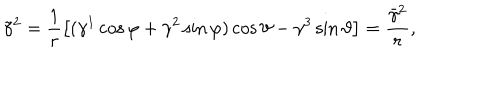
\tilde { \gamma } ^ { 2 } = \frac 1 r \left[ ( \gamma ^ { 1 } \cos \varphi + \gamma ^ { 2 } \sin \varphi ) \cos \vartheta - \gamma ^ { 3 } \sin \vartheta \right] = \frac { \bar { \gamma } ^ { 2 } } r , \quad